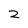
Character: 2